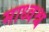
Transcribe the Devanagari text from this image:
माध्वश्च